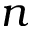
n